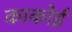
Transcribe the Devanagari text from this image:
काकोई